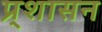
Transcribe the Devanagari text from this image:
प्र्शासन